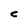
Character: c